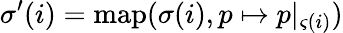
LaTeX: \sigma^{\prime}(i)=\textup{map}(\sigma(i),p\mapsto p|_{\varsigma(i)})